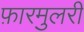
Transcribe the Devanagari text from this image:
फ़ारमुलरी